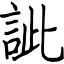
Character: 訿